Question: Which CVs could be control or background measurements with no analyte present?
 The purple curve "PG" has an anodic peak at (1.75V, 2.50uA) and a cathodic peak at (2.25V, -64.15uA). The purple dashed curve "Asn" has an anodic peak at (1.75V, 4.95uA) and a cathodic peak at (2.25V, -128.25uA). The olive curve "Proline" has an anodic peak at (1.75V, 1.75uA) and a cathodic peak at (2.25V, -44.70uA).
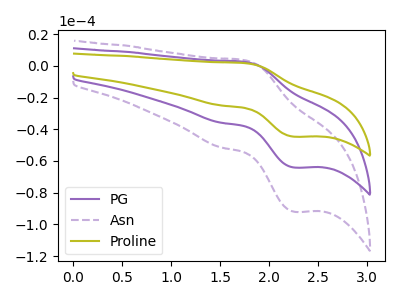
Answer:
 <answer>There are not any CV's on this graph that are likely to be blanks.</answer>
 <eval>none</eval>